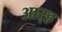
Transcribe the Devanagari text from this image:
आर्‍ह